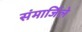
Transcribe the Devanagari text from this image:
संमार्जिले